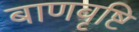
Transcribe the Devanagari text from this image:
बाणवृष्टि